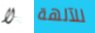
لا للآلهة